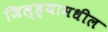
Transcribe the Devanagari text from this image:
जिल्‍ह्यामधील